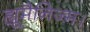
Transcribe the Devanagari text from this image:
ह्यूमैनिज्म।